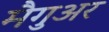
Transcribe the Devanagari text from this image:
मैगुअर